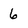
Character: 6